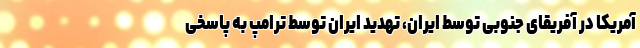
آمریکا در آفریقای جنوبی توسط ایران، تهدید ایران توسط ترامپ به پاسخی